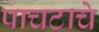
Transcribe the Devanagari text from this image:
पाचटाचे